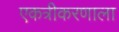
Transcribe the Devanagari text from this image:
एकत्रीकरणाला